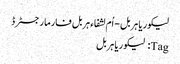
﻿ لیکوریا ہربل - اُم لشفاء ہربل فارما رجسٹرڈ
Tag: لیکوریا ہربل